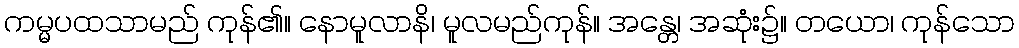
ကမ္မပထသာမည် ကုန်၏။ နောမူလာနိ၊ မူလမည်ကုန်။ အန္တေ၊ အဆုံး၌။ တယော၊ ကုန်သော